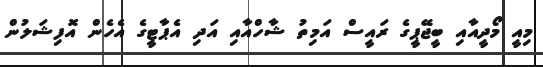
މިއީ މޯދީއާއި ބީޖޭޕީގެ ރައީސް އަމިތު ޝާހްއާއި އަދި އެޕާޓީގެ އެހެން އޮފިޝަލުން